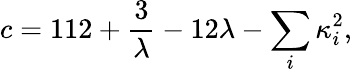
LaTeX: c=112+{\frac{3}{\lambda}}-12\lambda-\sum_{i}\kappa_{i}^{2},